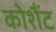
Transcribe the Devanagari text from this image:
कोशैंट